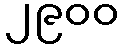
၂၉၀၀